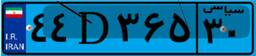
۴۴D۳۶۵۳۰